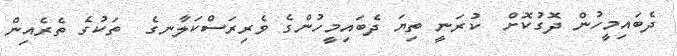
ދެބައިމީހުން ދޮގުކޮށް  ކުރަނީ ތިޔަ ދެބައިމީހުންގެ ވެރިރަސްކަލާނގެ  ތަކުގެ ތެރެއިން